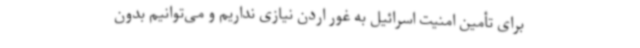
برای تأمین امنیت اسرائیل به غور اردن نیازی نداریم و می‌توانیم بدون